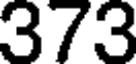
373